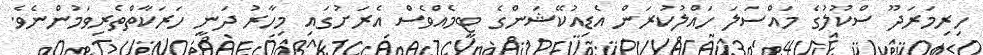
ހިރިމަރަދޫ ސްކޫލުގެ މައްސަލަ ހައްލުކުރަން އެޑިއުކޭޝަންގެ ޓީމެއްވެސް އެރަށުގައި މިހާރު ދަނީ ހަރަަކާތްތެރިވަމުންނެވެ.